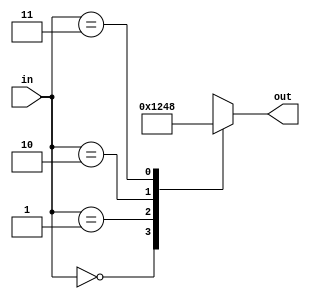
`timescale 1ns / 1ps

module decoder #(
    parameter M = 2,
    parameter N = 4
) (
    input   wire [M-1:0] in,
    output  reg  [N-1:0] out
);

    always @(*) begin
        case (in)
        2'b00: out = 4'b0001;
        2'b01: out = 4'b0010;
        2'b10: out = 4'b0100;
        2'b11: out = 4'b1000;
        default: out = 4'b0000;
        endcase
    end

endmodule